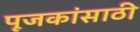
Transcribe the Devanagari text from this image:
पूजकांसाठी